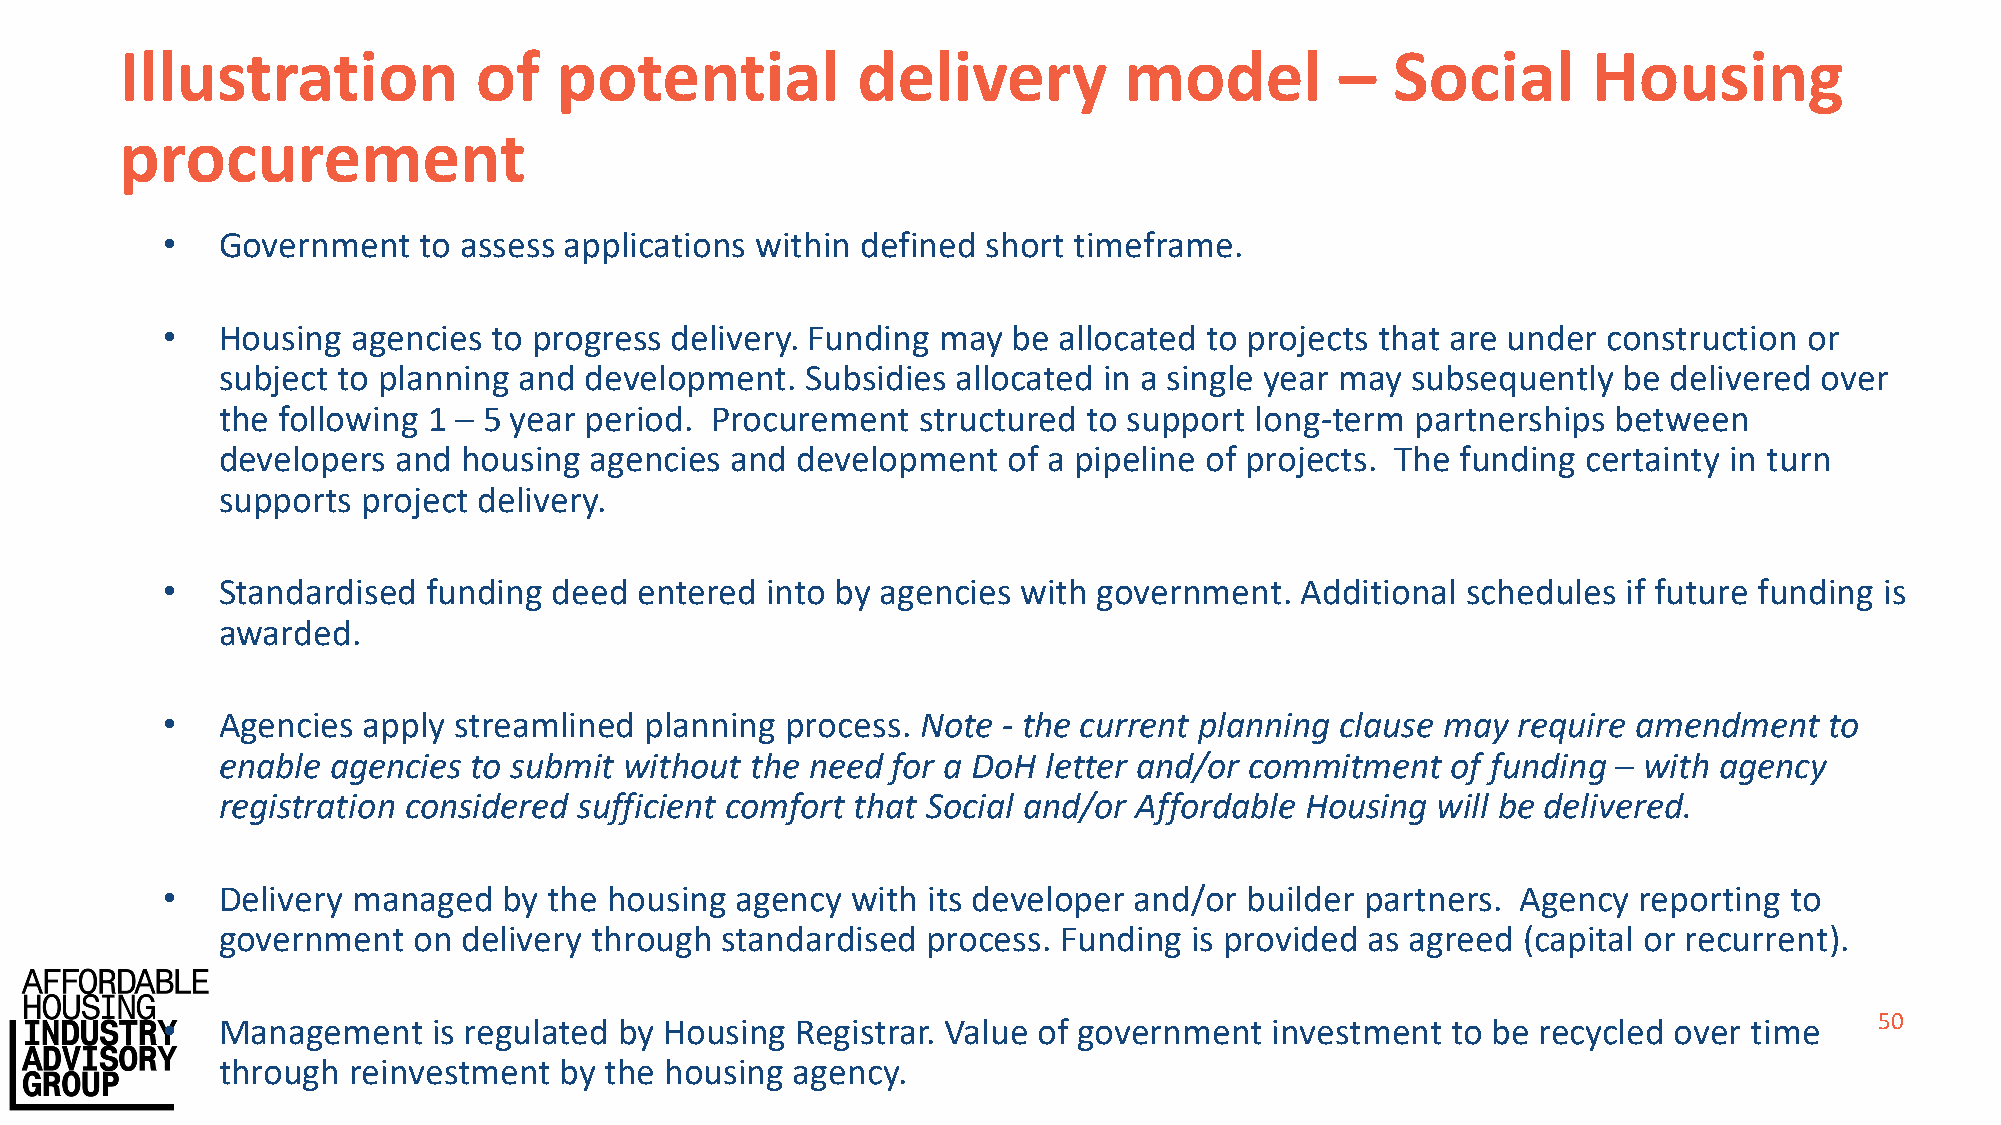
Illustration           of    potential           delivery         model          –  Social       Housing
 procurement
 •   Government   to assess applications within defined short timeframe.
 •   Housing agencies  to progress delivery. Funding may be allocated to projects that are under construction or
 subject to planning and development.  Subsidies allocated in a single year may subsequently be  delivered over
 the following 1 – 5 year period. Procurement  structured to support long-term  partnerships between
 developers and  housing agencies and  development   of a pipeline of projects. The funding certainty in turn
 supports project delivery.
 •   Standardised funding  deed entered  into by agencies with government.  Additional schedules  if future funding is
 awarded.
 •   Agencies apply streamlined  planning process. Note - the current planning clause may require amendment    to
 enable agencies to submit without  the need for a DoH letter and/or commitment   of funding – with agency
 registration considered sufficient comfort that Social and/or Affordable Housing will be delivered.
 •   Delivery managed  by the housing  agency with its developer and/or  builder partners. Agency reporting to
 government  on  delivery through standardised process. Funding  is provided as agreed (capital or recurrent).
 •   Management    is regulated by Housing Registrar. Value of government investment  to be recycled over time    50
 through reinvestment  by the housing  agency.